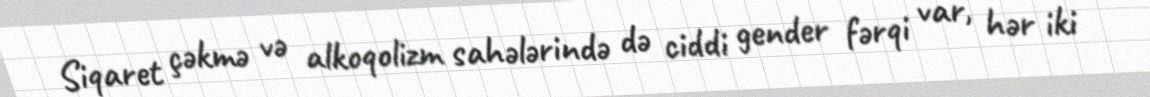
Siqaret çəkmə və alkoqolizm sahələrində də ciddi gender fərqi var, hər iki